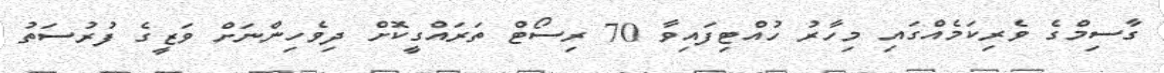
ގާސިމްގެ ވެރިކަމެއްގައި މިހާރު ހުއްޓިފައިވާ 70 ރިސޯޓް ތަރައްގީކޮށް ދިވެހިންނަށް ވަޒީގެ ފުރުސަތު